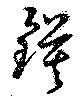
鏌